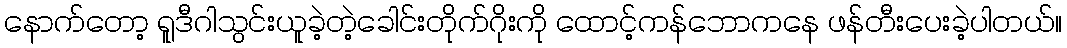
နောက်တော့ ရူဒီဂါသွင်းယူခဲ့တဲ့ခေါင်းတိုက်ဂိုးကို ထောင့်ကန်ဘောကနေ ဖန်တီးပေးခဲ့ပါတယ်။